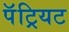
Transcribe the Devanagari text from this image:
पॅट्रियट